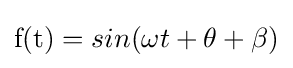
{\mbox{f(t)}}=sin(\omega t+\theta +\beta )